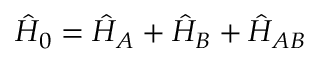
\begin{array} { r } { \hat { H } _ { 0 } = \hat { H } _ { A } + \hat { H } _ { B } + \hat { H } _ { A B } } \end{array}